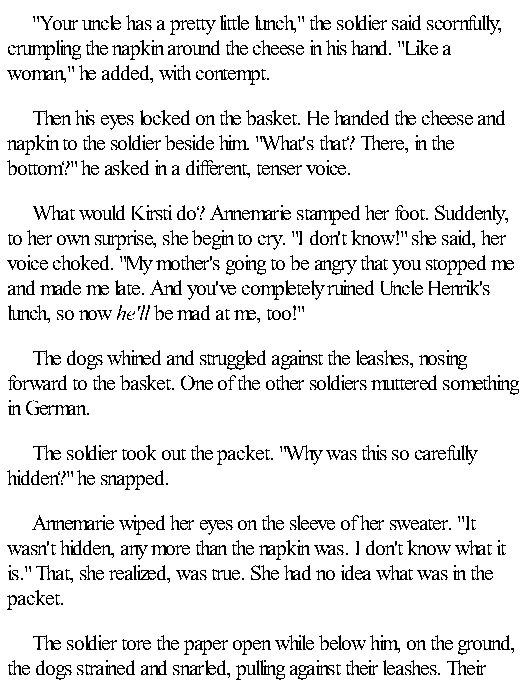
"Your uncle has a pretty little lunch," the soldier said scornfully,
 crumpling the napkin around the cheese in his hand. "Like a
 woman," he added, with contempt.
 Then his eyes locked on the basket. He handed the cheese and
 napkin to the soldier beside him. "What's that? There, in the
 bottom?" he asked in a different, tenser voice.
 What would Kirsti do? Annemarie stamped her foot. Suddenly,
 to her own surprise, she begin to cry. "I don't know!" she said, her
 voice choked. "My mother's going to be angry that you stopped me
 and made me late. And you've completely ruined Uncle Henrik's
 lunch, so now he'll be mad at me, too!"
 The dogs whined and struggled against the leashes, nosing
 forward to the basket. One of the other soldiers muttered something
 in German.
 The soldier took out the packet. "Why was this so carefully
 hidden?" he snapped.
 Annemarie wiped her eyes on the sleeve of her sweater. "It
 wasn't hidden, any more than the napkin was. I don't know what it
 is." That, she realized, was true. She had no idea what was in the
 packet.
 The soldier tore the paper open while below him, on the ground,
 the dogs strained and snarled, pulling against their leashes. Their